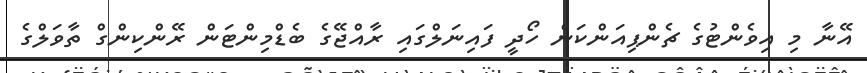
އޭނާ މި އިވެންޓުގެ ޗެންޕިއަންކަން ހޯދީ ފައިނަލްގައި ރާއްޖޭގެ ބެޑްމިންޓަން ރޭންކިންގް ތާވަލްގެ